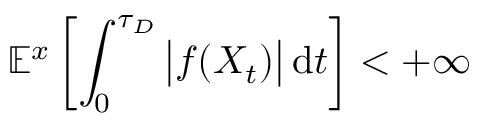
\mathbb { E } ^ { x } \left[ \int _ { 0 } ^ { \tau _ { D } } { \big | } f ( X _ { t } ) { \big | } \, \mathrm { d } t \right] < + \infty